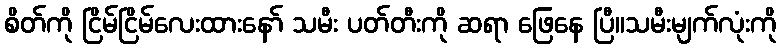
စိတ်ကို ငြိမ်ငြိမ်လေးထားနော် သမီး ပတ်တီးကို ဆရာ ဖြေနေ ပြီ။သမီးမျက်လုံးကို